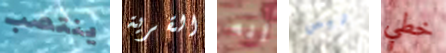
ينتصب القرية أنه ليس خطي